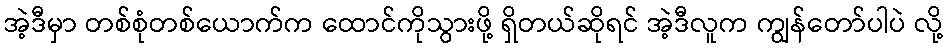
အဲ့ဒီမှာ တစ်စုံတစ်ယောက်က ထောင်ကိုသွားဖို့ ရှိတယ်ဆိုရင် အဲ့ဒီလူက ကျွန်တော်ပါပဲ လို့